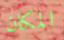
المكان